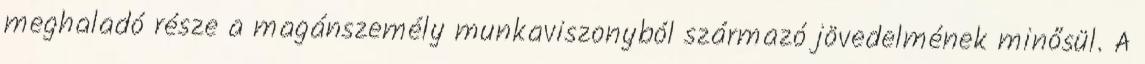
meghaladó része a magánszemély munkaviszonyból származó jövedelmének minősül. A